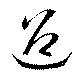
迢